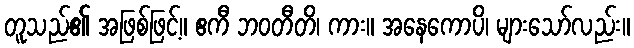
တူသည်၏ အဖြစ်ဖြင့်။ ဧကီ ဘဝတီတိ၊ ကား။ အနေကောပိ၊ များသော်လည်း။